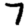
Digit: 7